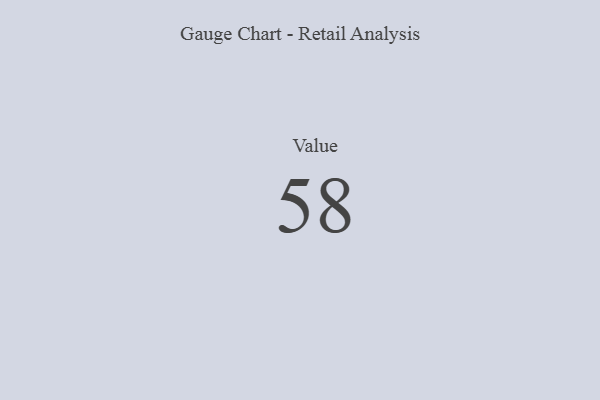
{"axis": {"x": "Metric", "y": "Value"}, "legend": [""], "data": [{"x": "Value", "y": 58, "type": ""}]}